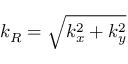
k _ { R } = \sqrt { k _ { x } ^ { 2 } + k _ { y } ^ { 2 } }